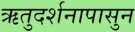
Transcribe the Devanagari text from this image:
ऋतुदर्शनापासुन